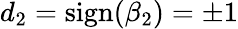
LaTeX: d_{2}=\mathrm{sign}(\beta_{2})=\pm 1